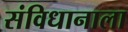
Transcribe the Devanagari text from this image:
संविधानाला